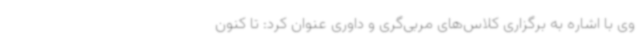
وی با اشاره به برگزاری کلاس‌های مربی‌گری و داوری عنوان کرد: تا کنون